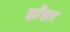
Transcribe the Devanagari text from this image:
झाँझर